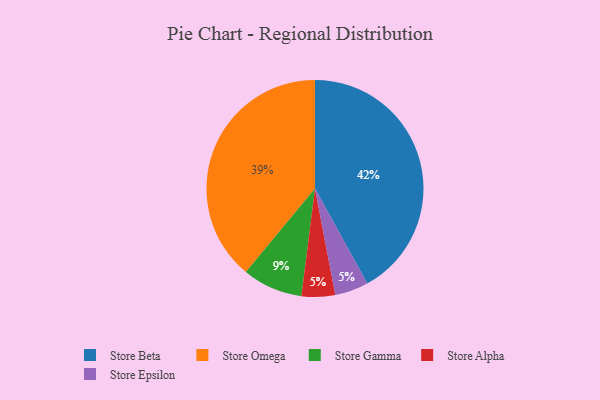
{"axis": {"x": "Category", "y": "Percentage"}, "legend": ["Store Alpha", "Store Beta", "Store Epsilon", "Store Gamma", "Store Omega"], "data": [{"x": "Store Beta", "y": 42, "type": "Store Beta"}, {"x": "Store Alpha", "y": 5, "type": "Store Alpha"}, {"x": "Store Epsilon", "y": 5, "type": "Store Epsilon"}, {"x": "Store Omega", "y": 39, "type": "Store Omega"}, {"x": "Store Gamma", "y": 9, "type": "Store Gamma"}]}